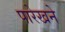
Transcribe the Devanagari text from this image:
पारेखने